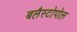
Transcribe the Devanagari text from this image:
बलैस्टोपोल